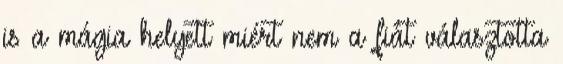
is a mágia helyett miért nem a fiát választotta